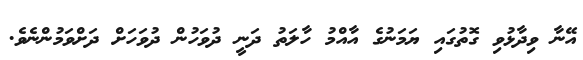
އޭނާ ވިދާޅުވި ގޮތުގައި ޔަމަނުގެ އާއްމު ހާލަތު ދަނީ ދުވަހުން ދުވަހަށް ދަށްވަމުންނެވެ.